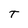
Character: T